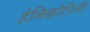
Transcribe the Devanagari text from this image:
हेलिकोनिनी